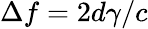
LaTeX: \Delta f=2d\gamma/c